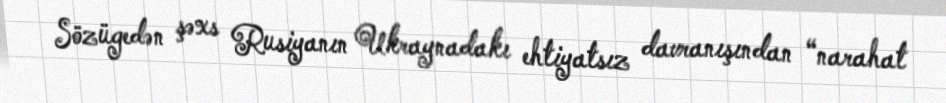
Sözügedən şəxs Rusiyanın Ukraynadakı ehtiyatsız davranışından “narahat